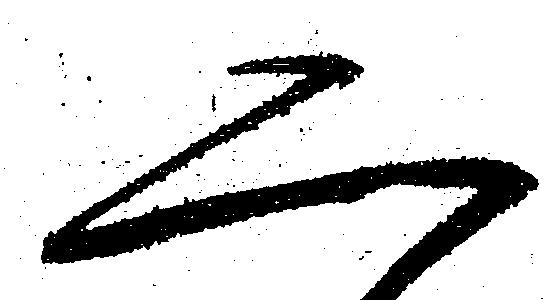
二